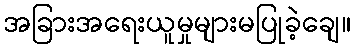
အခြားအရေးယူမှုများမပြုခဲ့ချေ။